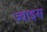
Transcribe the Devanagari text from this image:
ज्वाइस